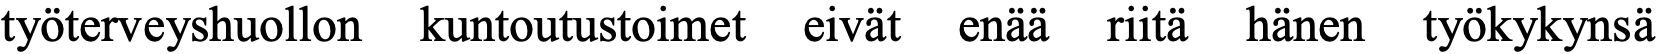
työterveyshuollon kuntoutustoimet eivät enää riitä hänen työkykynsä